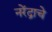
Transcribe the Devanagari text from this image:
नरेंद्राचे